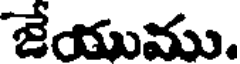
జేయుము.